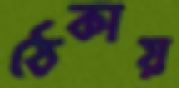
ঠেকায়